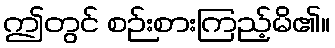
ဤတွင် စဉ်းစားကြည့်မိ၏။